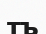
тъ